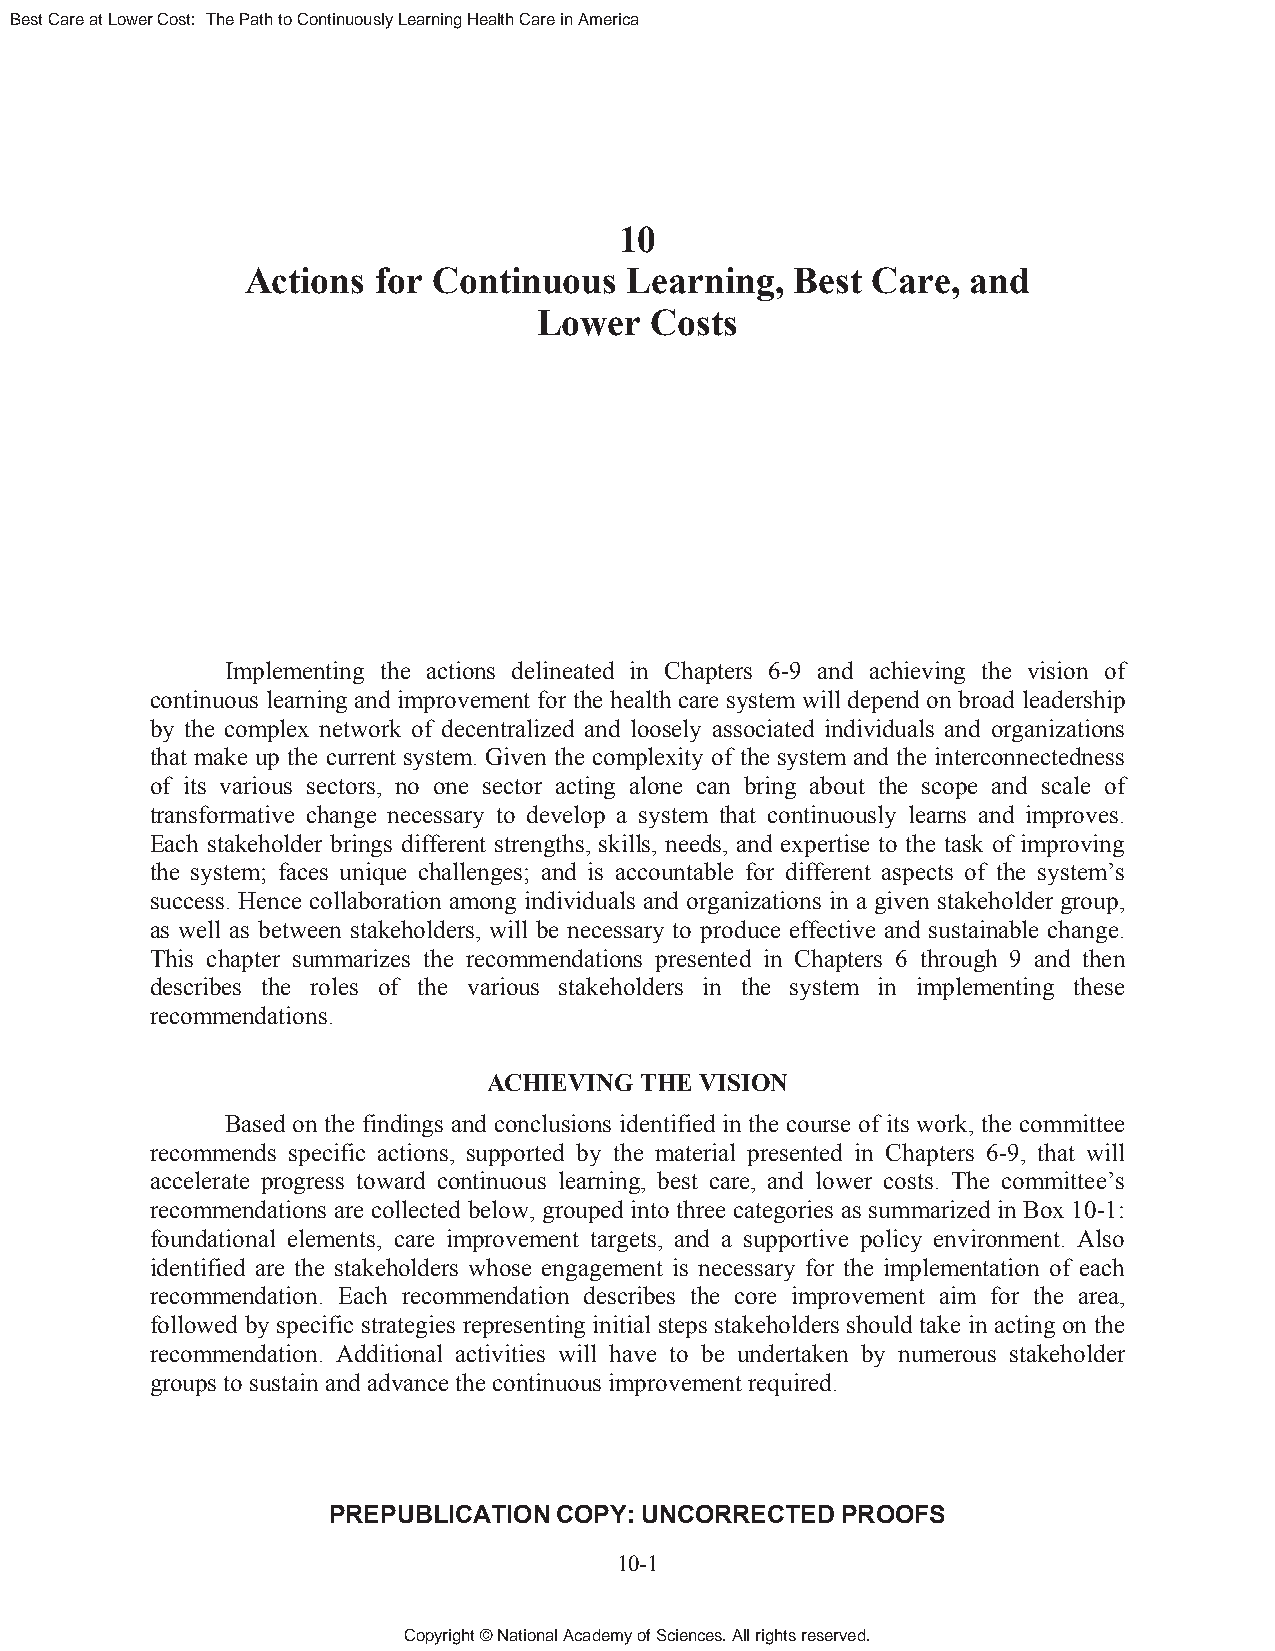
Best Care at Lower Cost: The Path to Continuously Learning Health Care in America
 10
 Actions  for Continuous   Learning,  Best Care, and
 Lower  Costs
 Implementing the actions delineated in Chapters 6-9 and achieving the vision of
 continuous learning and improvement for the health care system will depend on broad leadership
 by the complex network of decentralized and loosely associated individuals and organizations
 that make up the current system. Given the complexity of the system and the interconnectedness
 of its various sectors, no one sector acting alone can bring about the scope and scale of
 transformative change necessary to develop a system that continuously learns and improves.
 Each stakeholder brings different strengths, skills, needs, and expertise to the task of improving
 the system; faces unique challenges; and is accountable for different aspects of the system’s
 success. Hence collaboration among individuals and organizations in a given stakeholder group,
 as well as between stakeholders, will be necessary to produce effective and sustainable change.
 This chapter summarizes the recommendations presented in Chapters 6 through 9 and then
 describes the roles of the various stakeholders in the system in implementing these
 recommendations.
 ACHIEVING THE VISION
 Based on the findings and conclusions identified in the course of its work, the committee
 recommends specific actions, supported by the material presented in Chapters 6-9, that will
 accelerate progress toward continuous learning, best care, and lower costs. The committee’s
 recommendations are collected below, grouped into three categories as summarized in Box 10-1:
 foundational elements, care improvement targets, and a supportive policy environment. Also
 identified are the stakeholders whose engagement is necessary for the implementation of each
 recommendation. Each recommendation describes the core improvement aim for the area,
 followed by specific strategies representing initial steps stakeholders should take in acting on the
 recommendation. Additional activities will have to be undertaken by numerous stakeholder
 groups to sustain and advance the continuous improvement required.
 PREPUBLICATION COPY: UNCORRECTED  PROOFS
 10-1
 Copyright © National Academy of Sciences. All rights reserved.